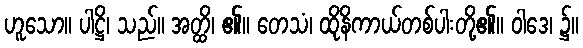
ဟူသော။ ပါဋ္ဌိ၊ သည်။ အတ္ထိ၊ ၏။ တေသံ၊ ထိုနိကာယ်တစ်ပါးတို့၏။ ဝါဒေ၊ ၌။